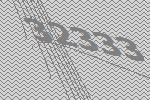
32333